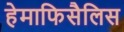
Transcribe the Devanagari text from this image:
हेमाफिसैलिस